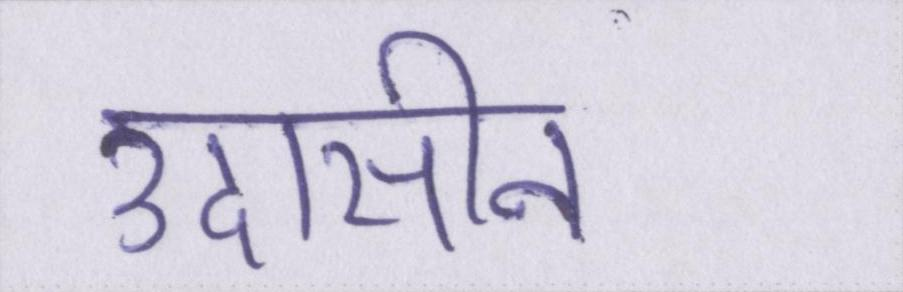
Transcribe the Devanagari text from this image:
उदासीन